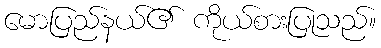
မောပြည်နယ်၏ ကိုယ်စားပြုသည်။